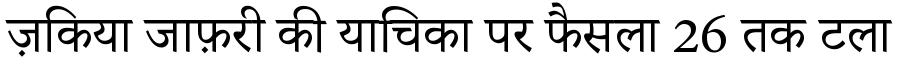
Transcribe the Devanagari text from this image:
ज़किया जाफ़री की याचिका पर फैसला 26 तक टला